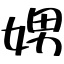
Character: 娚